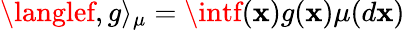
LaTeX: \langlef,g\rangle_{\mu}=\intf(\mathbf{x})g(\mathbf{x})\mu(d\mathbf{x})